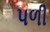
પળી